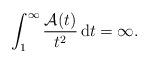
LaTeX: \begin{align*}\int_{1}^{\infty} \frac{\mathcal{A}(t)}{t^2}\, \mathrm{d}t =\infty. \end{align*}